Leaving Certificate Examination (including Day School Certificate (Higher) General paper), 1938
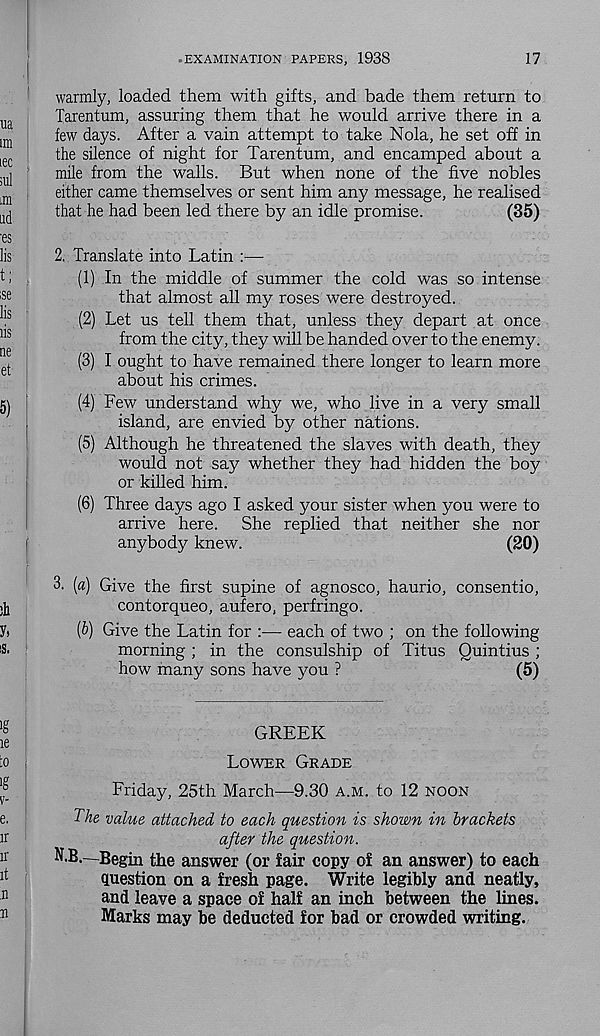
EXAMINATION PAPERS, 1938
17
warmly, loaded them with gifts, and bade them return to
Tarentum, assuring them that he would arrive there in a
few days. After a vain attempt to take Nola, he set off in
the silence of night for Tarentum, and encamped about a
mile from the walls. But when none of the five nobles
either came themselves or sent him any message, he realised
that lie had been led there by an idle promise.
(35)
2. Translate into Latin :—
(1) In the middle of summer the cold was so intense
that almost all my roses were destroyed.
(2) Let us tell them that, unless they depart at once
from the city, they will be handed over to the enemy.
(3) I ought to have remained there longer to learn more
about his crimes.
(4) Few understand why we, who live in a very small
island, are envied by other nations.
(5) Although he threatened the slaves with death, they
would not say whether they had hidden the boy
or killed him.
(6) Three days ago I asked your sister when you were to
arrive here. She replied that neither she nor
anybody knew.
(20)
3. (a) Give the first supine of agnosco, haurio, consentio,
contorqueo, aufero, perfringo.
(6) Give the Latin for :— each of two ; on the following
morning ; in the consulship of Titus Quintius ;
how many sons have you ?
(5)
GREEK
LOWER GRADE
Friday, 25th March—9.30 A.M. to 12 NOON
The value attached to each question is shown in brackets
after the question.
N.B.—Begin the answer (or fair copy o£ an answer) to each
question on a fresh page. Write legibly and neatly,
and leave a space of half an inch between the lines.
Marks may be deducted for bad or crowded writing.